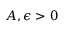
A , \epsilon > 0